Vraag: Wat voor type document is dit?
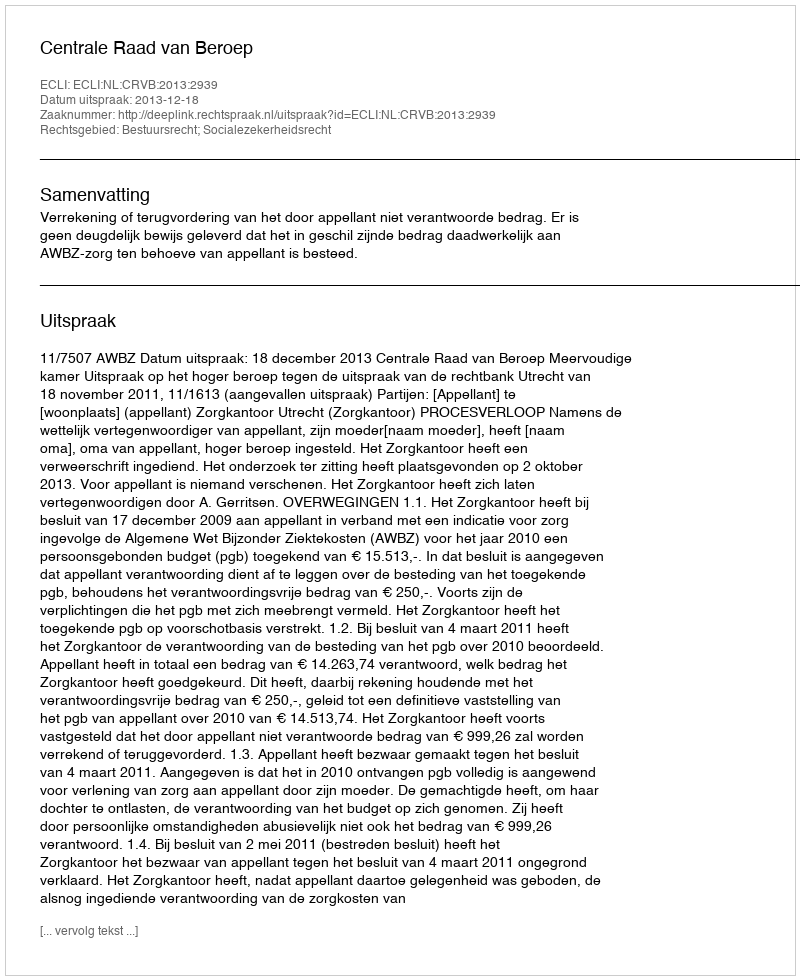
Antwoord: Uitspraak